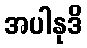
အပါနုဒိ